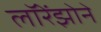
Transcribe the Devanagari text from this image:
लॉरेंझोने